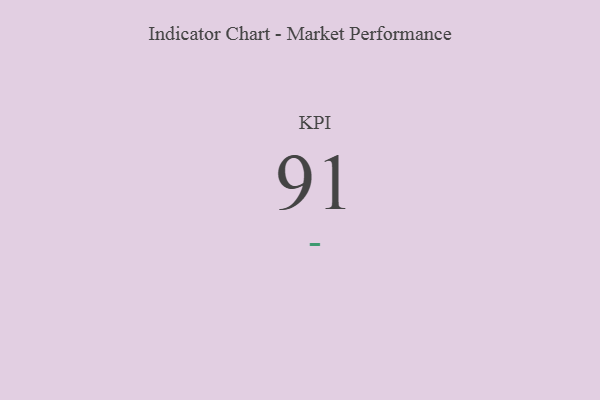
{"axis": {"x": "KPI", "y": "Value"}, "legend": [""], "data": [{"x": "KPI", "y": 91, "type": ""}]}